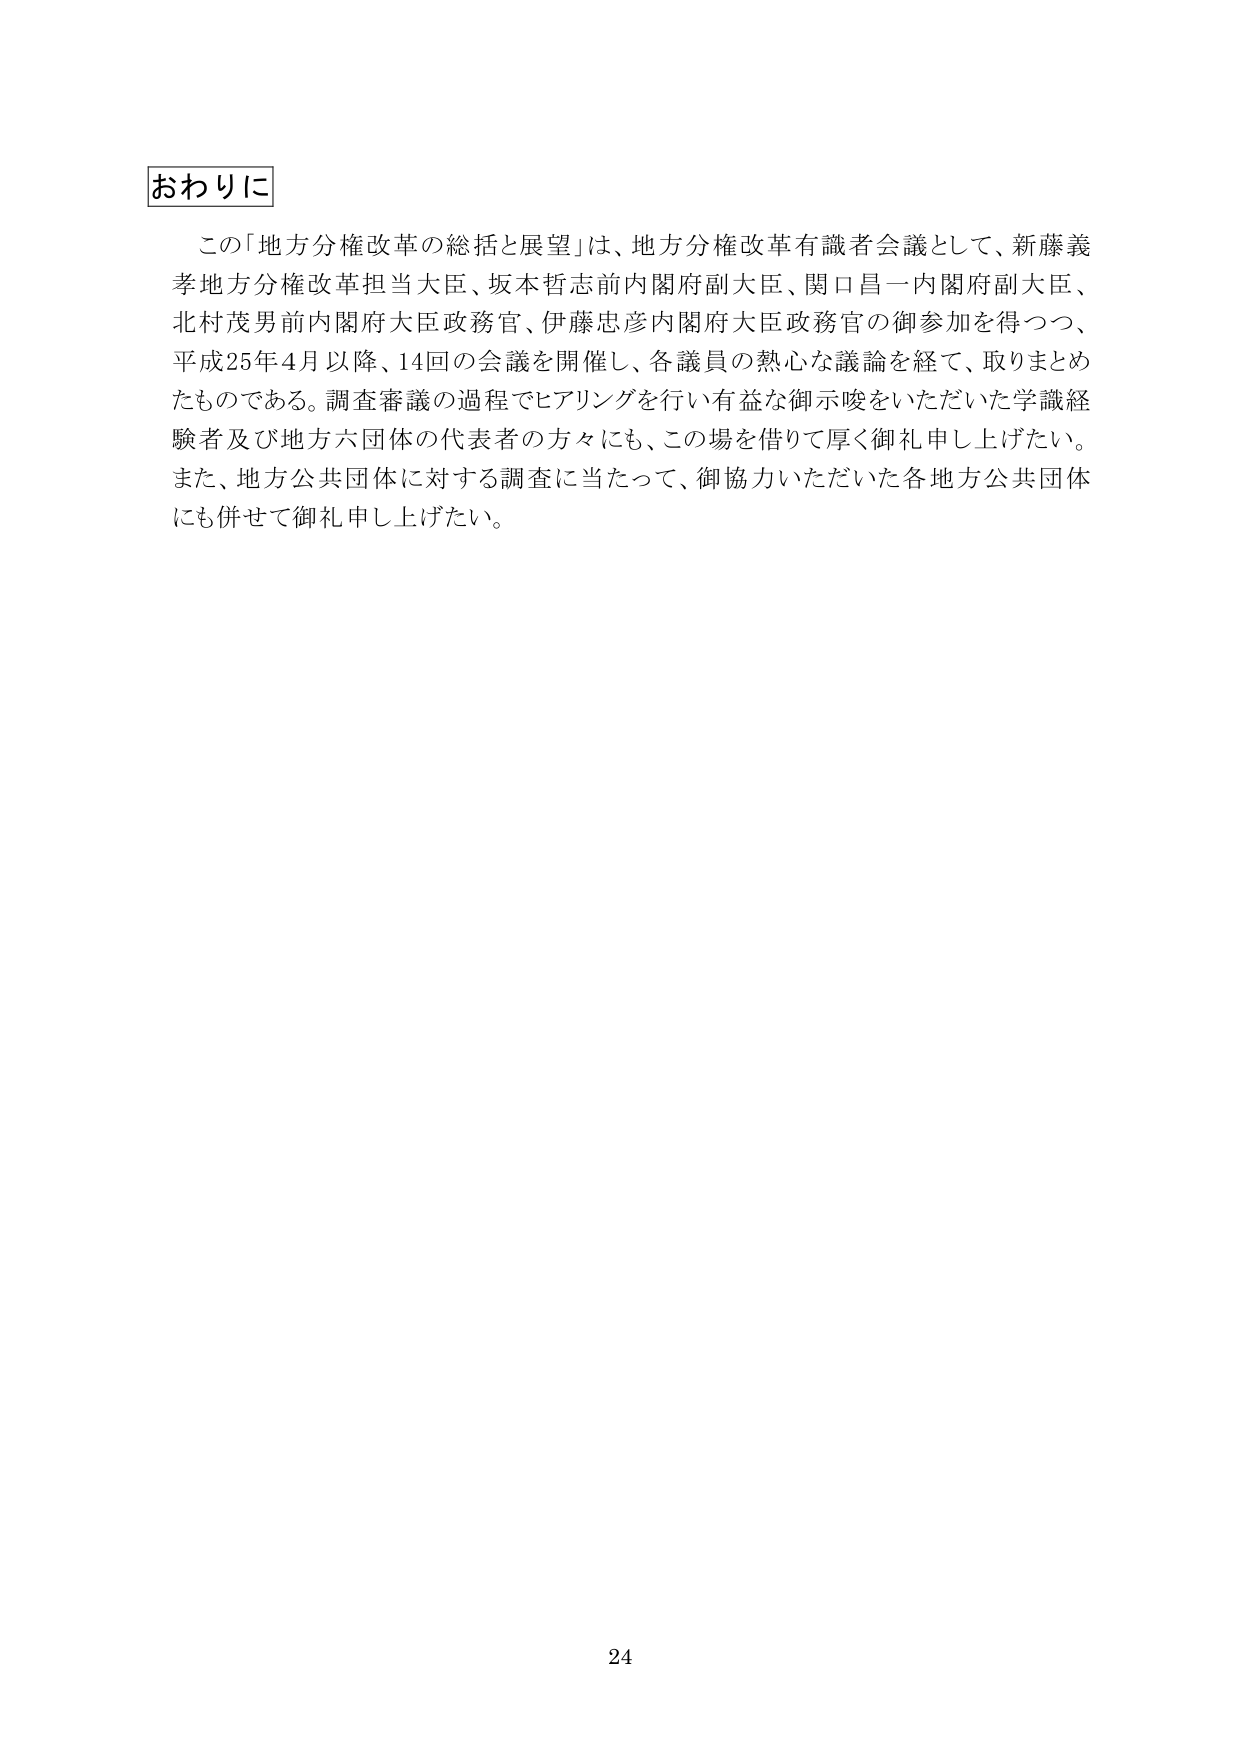
おわりに

この「地方分権改革の総括と展望」は、地方分権改革有識者会議として、新藤義孝地方分権改革担当大臣、坂本哲志前内閣府副大臣、関口昌一内閣府副大臣、北村茂男前内閣府大臣政務官、伊藤忠彦内閣府大臣政務官の御参加を得つつ、平成25年4月以降、14回の会議を開催し、各議員の熱心な議論を経て、取りまとめたものである。調査審議の過程でヒアリングを行い有益な御示唆をいただいた学識経験者及び地方六団体の代表者の方々にも、この場を借りて厚く御礼申し上げたい。また、地方公共団体に対する調査に当たって、御協力いただいた各地方公共団体にも併せて御礼申し上げたい。

24